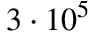
3 \cdot 1 0 ^ { 5 }